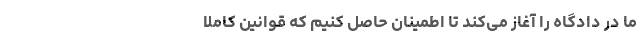
ما در دادگاه را آغاز می‌کند تا اطمینان حاصل کنیم که قوانین کاملاً